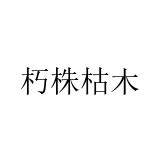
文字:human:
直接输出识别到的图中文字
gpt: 朽株枯木